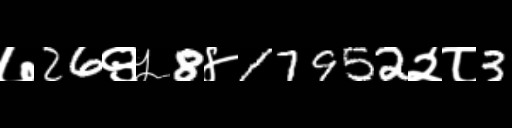
Text: ७26९५8४17952२८3